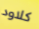
كلاود